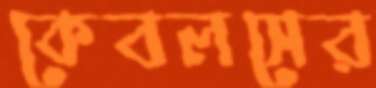
কেবলসের